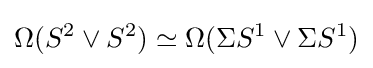
\Omega (S^{2}\vee S^{2})\simeq \Omega (\Sigma S^{1}\vee \Sigma S^{1})